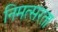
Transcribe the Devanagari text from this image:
निमत्सरता